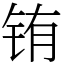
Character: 铕